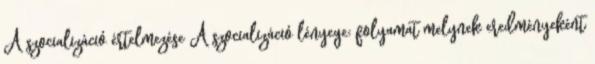
A szocializáció értelmezése A szocializáció lényege: folyamat melynek eredményeként